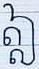
ឦ